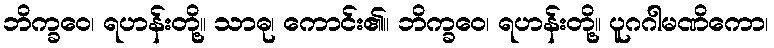
ဘိက္ခဝေ၊ ရဟန်းတို့။ သာဓု၊ ကောင်း၏။ ဘိက္ခဝေ၊ ရဟန်းတို့။ ပူဂဂါမဏိကော၊